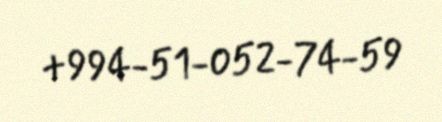
+994-51-052-74-59